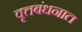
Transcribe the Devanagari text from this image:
वृत्तबंधनात